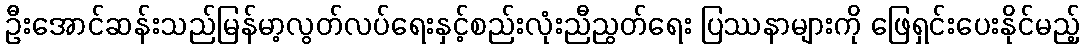
ဦးအောင်ဆန်းသည်မြန်မာ့လွတ်လပ်ရေးနှင့်စည်းလုံးညီညွတ်ရေး ပြဿနာများကို ဖြေရှင်းပေးနိုင်မည့်